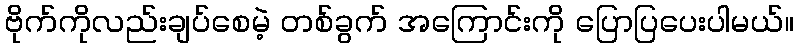
ဗိုက်ကိုလည်းချပ်စေမဲ့ တစ်ခွက် အကြောင်းကို ပြောပြပေးပါမယ်။